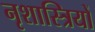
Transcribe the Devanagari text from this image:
नृशास्त्रियों